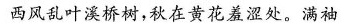
西风乱叶溪桥树，秋在黄花羞涩处。满袖